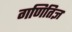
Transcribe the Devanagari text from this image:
गणितिज्ञ